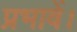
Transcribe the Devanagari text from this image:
प्रभावें।